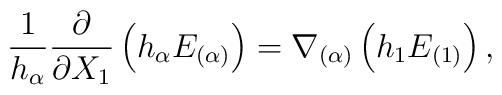
\frac{1}{h_{\alpha}}\frac{\partial}{\partial X_{1}} \left(h_{\alpha} E_{(\alpha)} \right) = \nabla_{(\alpha)} \left(h_{1} E_{(1)}\right),